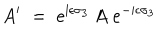
LaTeX: A ^ { \prime } \; = \; e ^ { \mathrm { i } \epsilon \sigma _ { 3 } } \, A \; e ^ { - \mathrm { i } \epsilon \sigma _ { 3 } }